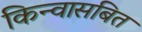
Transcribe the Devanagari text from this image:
किन्वासबित